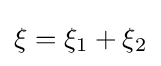
\xi =\xi _{1}+\xi _{2}